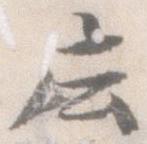
庄